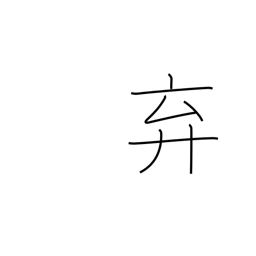
Meaning: abandon